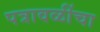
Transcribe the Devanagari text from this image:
पत्रावळींचा